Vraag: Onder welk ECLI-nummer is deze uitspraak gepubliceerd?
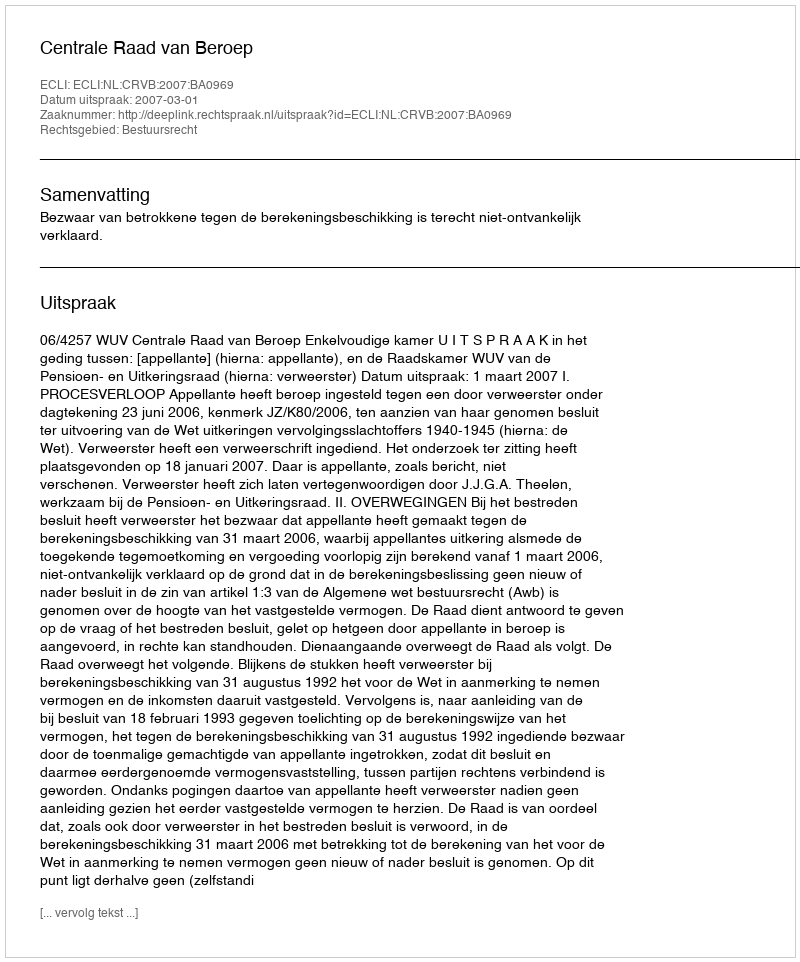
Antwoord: ECLI:NL:CRVB:2007:BA0969